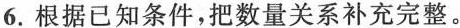
6.根据已知条件，把数量关系补充完整。